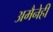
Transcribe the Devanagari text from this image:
अमैनेही